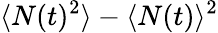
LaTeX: \langle N(t)^{2}\rangle-\langle N(t)\rangle^{2}